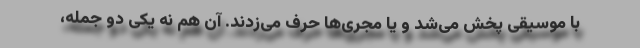
با موسیقی پخش می‌شد و یا مجری‌ها حرف می‌زدند. آن هم نه یکی دو جمله،